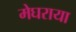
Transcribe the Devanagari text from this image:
मेघराया